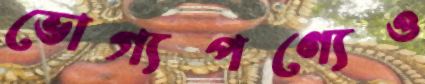
ভোগ্যপণ্যেও